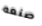
صنعه